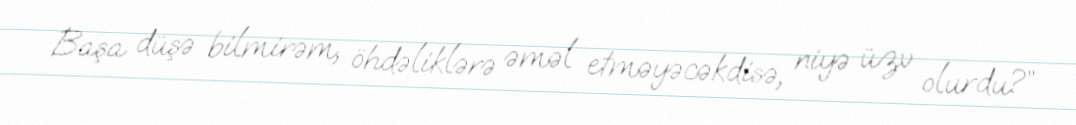
Başa düşə bilmirəm, öhdəliklərə əməl etməyəcəkdisə, niyə üzv olurdu?”